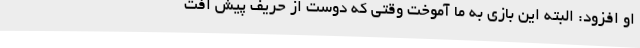
او افزود: البته این بازی به ما آموخت وقتی که دوست از حریف پیش افت